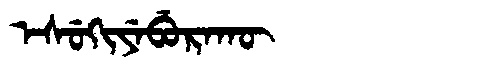
Manchu: ᡝᠰᡠᡴᡳᠶᡝᠪᡠᡵᠠᡴᡡ
Romanization: ESUKIYEBURAKŪ